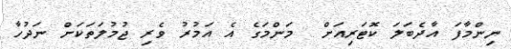
ނިންމާފަ އާދެބަލަ ކޮޓަރިއަށް  މަންމަގެ އެ އަމުރު ވެރި ޖުމުލަތަކަށް ނަދުހާ